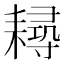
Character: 𦔘